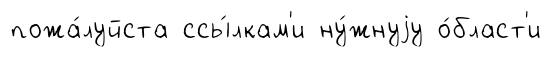
пожа́луйста ссы́лкам'и ну́жнуjу о́бласт'и